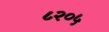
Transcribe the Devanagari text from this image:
८२०५